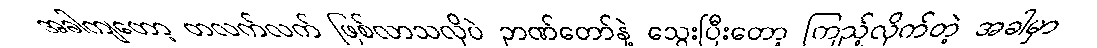
အခါကျတော့ တလက်လက် ဖြစ်လာသလိုပဲ ဉာဏ်တော်နဲ့ သွေးပြီးတော့ ကြည့်လိုက်တဲ့ အခါမှာ